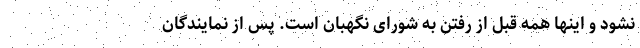
نشود و اینها همه قبل از رفتن به شورای نگهبان است. پس از نمایندگان